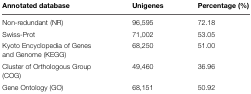
<table><thead><tr><td><b>Annotated database</b></td><td><b>Unigenes</b></td><td><b>Percentage (%)</b></td></tr></thead><tbody><tr><td>Non-redundant (NR)</td><td>96,595</td><td>72.18</td></tr><tr><td>Swiss-Prot</td><td>71,002</td><td>53.05</td></tr><tr><td>Kyoto Encyclopedia of Genes and Genome (KEGG)</td><td>68,250</td><td>51.00</td></tr><tr><td>Cluster of Orthologous Group (COG)</td><td>49,460</td><td>36.96</td></tr><tr><td>Gene Ontology (GO)</td><td>68,151</td><td>50.92</td></tr></tbody></table>